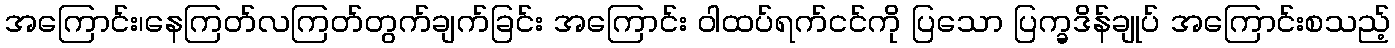
အကြောင်း၊နေကြတ်လကြတ်တွက်ချက်ခြင်း အကြောင်း ဝါထပ်ရက်ငင်ကို ပြသော ပြက္ခဒိန်ချုပ် အကြောင်းစသည့်